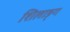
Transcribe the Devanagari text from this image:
शिलाङ्ग